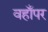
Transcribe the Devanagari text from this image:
वहाँपर